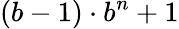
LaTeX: (b-1)\cdot b^{n}+1